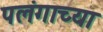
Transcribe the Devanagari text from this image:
पलंगाच्या